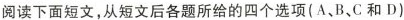
阅读下面短文,从短文后各题所给的四个选项（ A、B、C和 D）